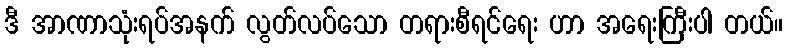
ဒီ အာဏာသုံးရပ်အနက် လွတ်လပ်သော တရားစီရင်ရေး ဟာ အရေးကြီးပါ တယ်။